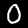
Digit: 0